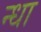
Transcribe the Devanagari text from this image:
न्धा